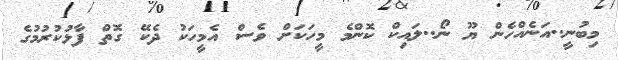
މިބުނީ..އަނެއްހެން ޔޫ ނޯ..ލައިކް ކޮންމެ މީހަކަށް ވެސް އެމީހަކު ދެކޭ ގޮތް ފާޅުކުރުމުގެ